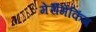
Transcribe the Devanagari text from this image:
मेर्रीमेकिंग